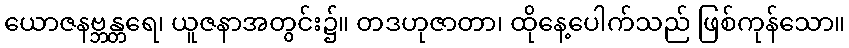
ယောဇနဗ္ဘန္တရေ၊ ယူဇနာအတွင်း၌။ တဒဟုဇာတာ၊ ထိုနေ့ပေါက်သည် ဖြစ်ကုန်သော။